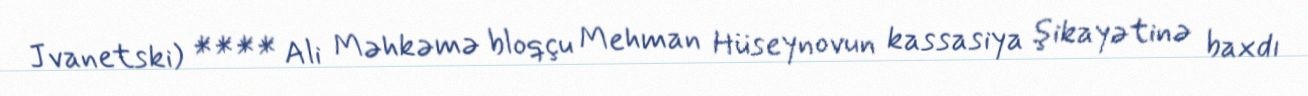
Jvanetski) **** Ali Məhkəmə bloqçu Mehman Hüseynovun kassasiya şikayətinə baxdı